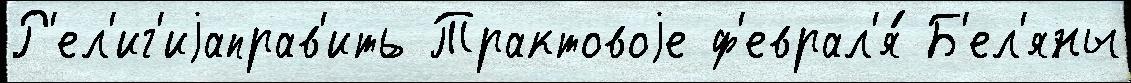
Р'ел'иг'иjаправ'ить Трактовоjе ф'еврал'я́ Б'ел'яны